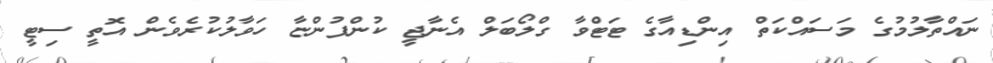
ނައްތާލުމުގެ މަސައްކަތް އިންޑިއާގެ ޓަޓްވާ ގްލޯބަލް އެނާޖީ ކުންފުންޏާ ހަވާލުކުރެވެން އޮތީ ސިޓީ